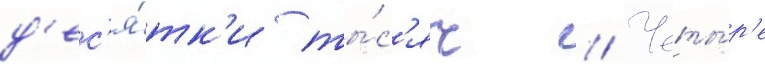
д'ес'я́тк'и ты́с'яч // Четы́р'е